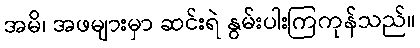
အမိ၊ အဖများမှာ ဆင်းရဲ နွမ်းပါးကြကုန်သည်။